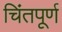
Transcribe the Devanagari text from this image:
चिंतपूर्ण